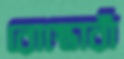
রোস্তোরাঁ